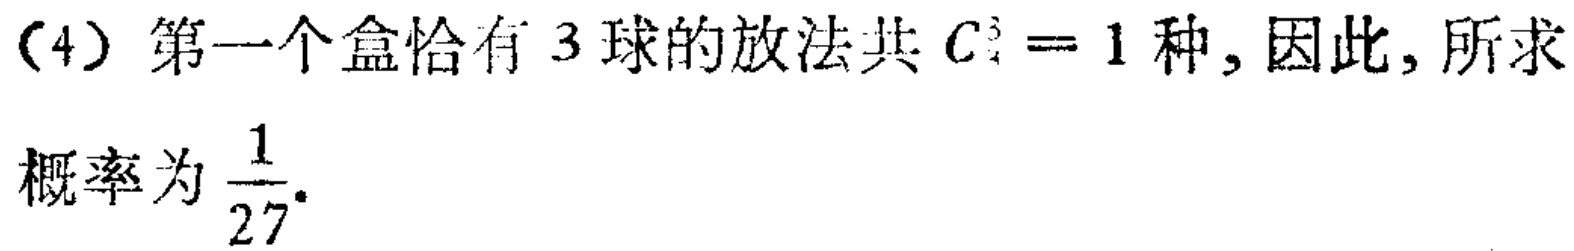
(4) 第一个盒恰有 3 球的放法共 \(C_{3}^{3}=1\) 种, 因此, 所求

概率为 \(\frac{1}{27}\).